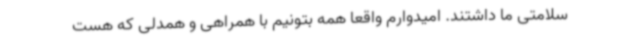
سلامتی ما داشتند. امیدوارم واقعا همه بتونیم با همراهی و همدلی که هست